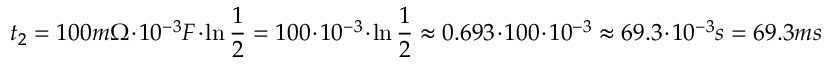
t _ { 2 } = 1 0 0 m \Omega \cdot 1 0 ^ { - 3 } F \cdot \ln \frac { 1 } { 2 } = 1 0 0 \cdot 1 0 ^ { - 3 } \cdot \ln \frac { 1 } { 2 } \approx 0 . 6 9 3 \cdot 1 0 0 \cdot 1 0 ^ { - 3 } \approx 6 9 . 3 \cdot 1 0 ^ { - 3 } s = 6 9 . 3 m s